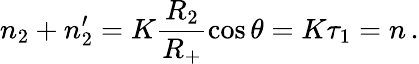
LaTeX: n_{2}+n_{2}^{\prime}=K\frac{R_{2}}{R_{+}}\cos\theta=K\tau_{1}=n\, .